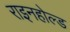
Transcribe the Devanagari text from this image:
राइनहोल्ड